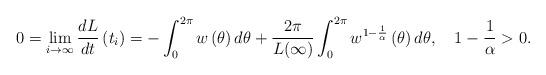
LaTeX: \begin{align*}0=\lim_{i\rightarrow\infty}\frac{dL}{dt}\left( t_{i}\right) =-\int_{0}^{2\pi}w\left( \theta\right) d\theta+\dfrac{2\pi}{{L\!}\left(\infty\right) }\int_{0}^{2\pi}w^{1-\frac{1}{\alpha}}\left( \theta\right)d\theta,\ \ \ 1-\frac{1}{\alpha}>0. \end{align*}